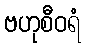
ဗဟုစီဝရံ